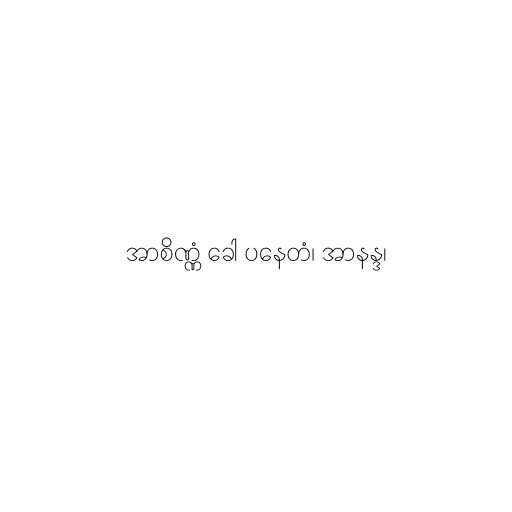
အာစိဏ္ဏံ ခေါ ပနေတံ၊ အာနန္ဒ၊